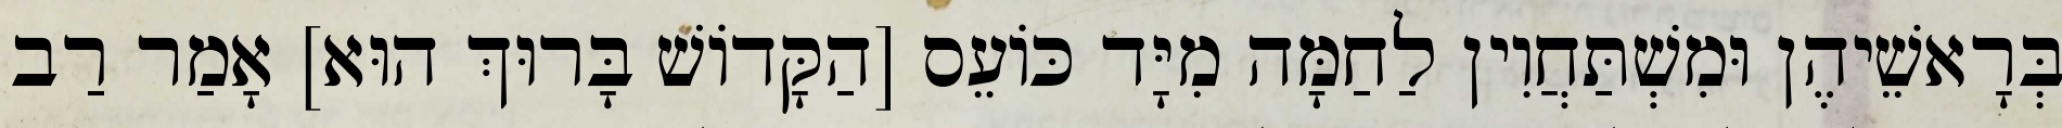
בְּרָאשֵׁיהֶן וּמִשְׁתַּחֲוִין לַחַמָּה מִיָּד כּוֹעֵס [הַקָּדוֹשׁ בָּרוּךְ הוּא] אָמַר רַב